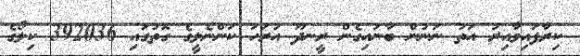
ކިރާފައިވާއިރު އަތު ނަނުން ބާނައިގެން ރީނދޫ އުރަހަ ކަންނެލީގެ ގޮތުގައި 392036 ކިލޯގެ